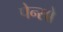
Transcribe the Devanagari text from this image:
पेन्सो